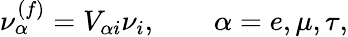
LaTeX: \nu_{\alpha}^{(f)}=V_{\alpha i}\nu_{i},\qquad\alpha=e,\mu,\tau,